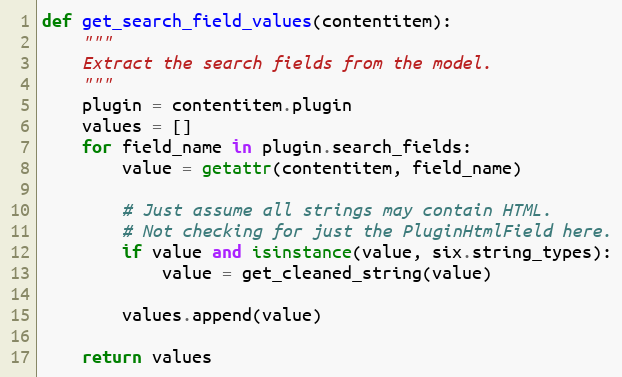
Language: Python
def get_search_field_values(contentitem):
    """
    Extract the search fields from the model.
    """
    plugin = contentitem.plugin
    values = []
    for field_name in plugin.search_fields:
        value = getattr(contentitem, field_name)

        # Just assume all strings may contain HTML.
        # Not checking for just the PluginHtmlField here.
        if value and isinstance(value, six.string_types):
            value = get_cleaned_string(value)

        values.append(value)

    return values